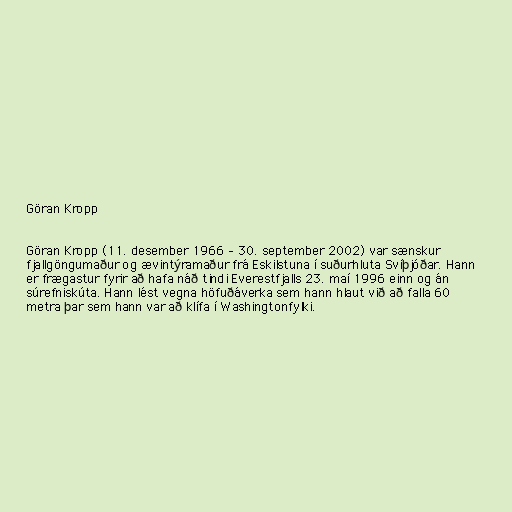
Göran Kropp

Göran Kropp (11. desember 1966 – 30. september 2002) var sænskur
fjallgöngumaður og ævintýramaður frá Eskilstuna í suðurhluta Svíþjóðar. Hann
er frægastur fyrir að hafa náð tindi Everestfjalls 23. maí 1996 einn og án
súrefniskúta. Hann lést vegna höfuðáverka sem hann hlaut við að falla 60
metra þar sem hann var að klífa í Washingtonfylki.